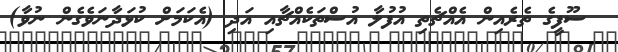
ސޫފީގެ ތެރެއިން އެއްޗެތި އުފުލާ އުސްތަކެއްޗާއި އަދި (އެކަމަށް ކުޅަދާނަވެގެން ނުވާ)